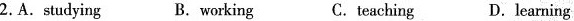
2.A.Studying B.working C.teaching D.learning l